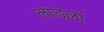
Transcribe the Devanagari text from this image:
लाडलों